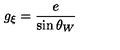
g _ { \xi } = { \frac { e } { \sin \theta _ { W } } }